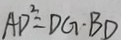
A D ^ { 2 } = D G \cdot B D